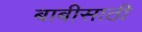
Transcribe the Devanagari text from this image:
बाबीसाठी